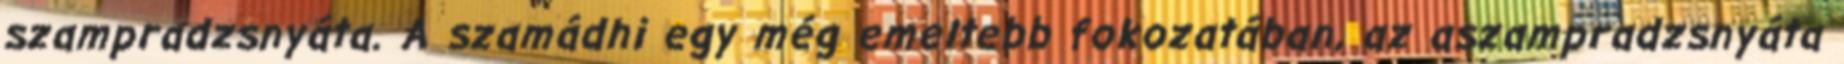
szampradzsnyáta. A szamádhi egy még emeltebb fokozatában, az aszampradzsnyáta